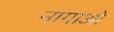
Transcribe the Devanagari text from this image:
नागाओ